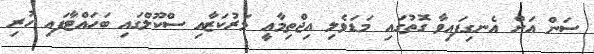
ސަން އަށް އެނގިފައިވާ ގޮތުގައި މަޑަވެލި އިޖްތިމާއީ މަރުކަޒާއި ސްކޫލްގައި ބަހައްޓާފައި ހުރި